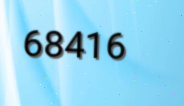
68416